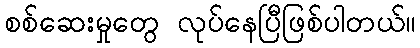
စစ်ဆေးမှုတွေ လုပ်နေပြီဖြစ်ပါတယ်။